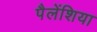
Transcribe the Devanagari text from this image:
पैलेंशिया